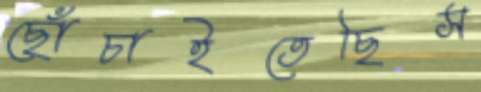
ছোঁচাইতেছিস